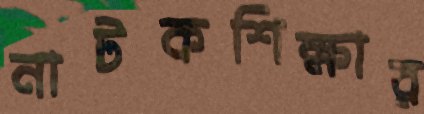
নাটকশিক্ষার